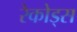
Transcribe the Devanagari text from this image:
रेकोड्स